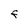
Character: F